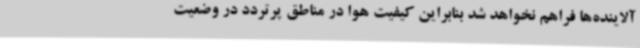
آلاینده‌ها فراهم نخواهد شد بنابراین کیفیت هوا در مناطق پرتردد در وضعیت